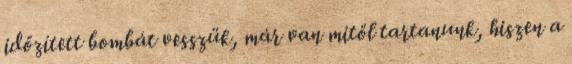
időzített bombát vesszük, már van mitől tartanunk, hiszen a